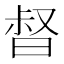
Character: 𣈉